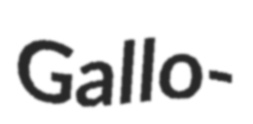
Gallo-